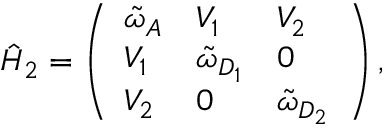
\hat { H } _ { 2 } = \left( \begin{array} { l l l } { \tilde { \omega } _ { A } } & { V _ { 1 } } & { V _ { 2 } } \\ { V _ { 1 } } & { \tilde { \omega } _ { D _ { 1 } } } & { 0 } \\ { V _ { 2 } } & { 0 } & { \tilde { \omega } _ { D _ { 2 } } } \end{array} \right) ,